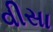
વીસા